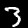
Digit: 3